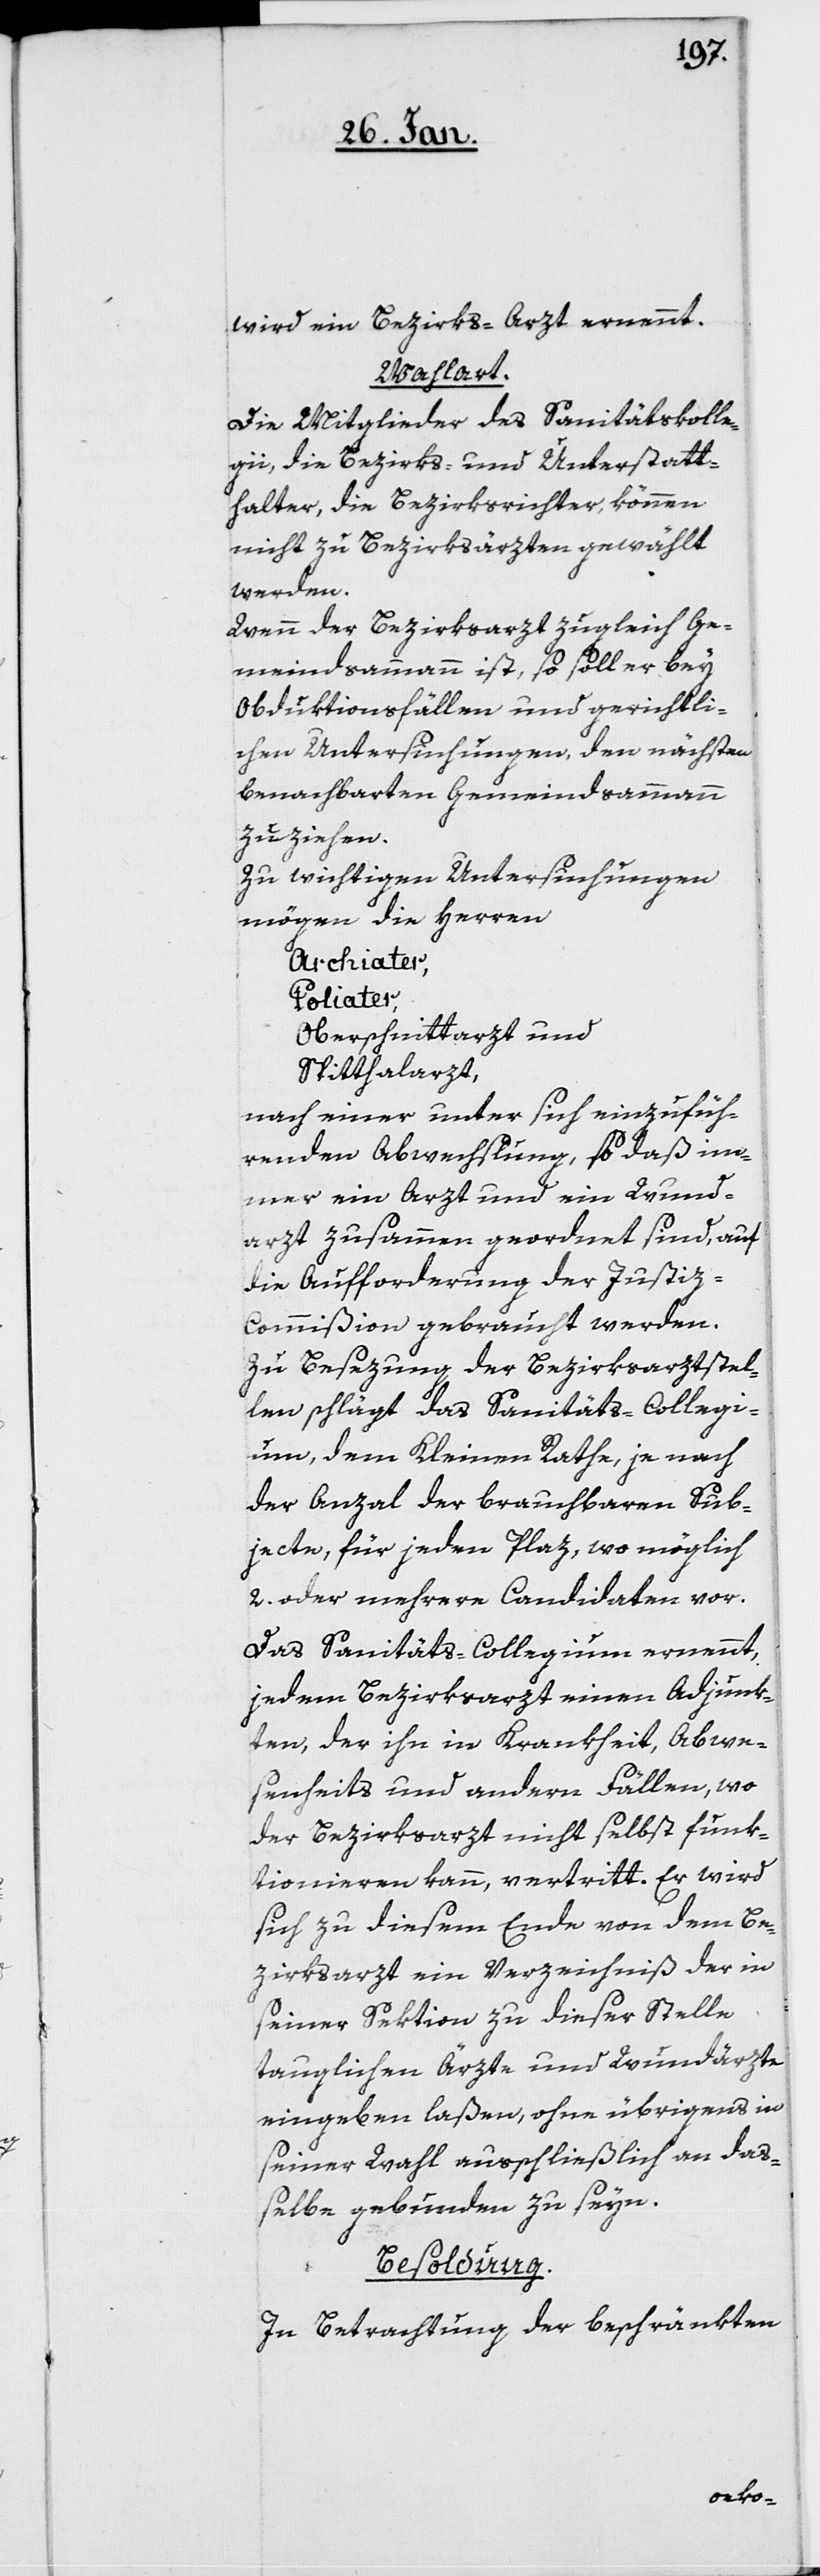
wird ein Bezirks-Arzt ernennt.
Wahlart.
Die Mitglieder des Sanitätskolle¬
gii, die Bezirks- und Unterstatt¬
halter, die Bezirksrichter, können
nicht zu Bezirksärzten gewählt
werden.
Wenn der Bezirksarzt zugleich Ge¬
meindsammann ist, so soll er bey
Obduktionsfällen und gerichtli¬
chen Untersuchungen, den nächsten
benachbarten Gemeindsammann
zuziehen.
Zu wichtigen Untersuchungen
mögen die Herren
Archiater,
Poliater,
Oberschnittarzt und
Spitthalarzt,
nach einer unter sich einzufüh¬
renden Abwechslung, so daß im¬
mer ein Arzt und ein Wund¬
arzt zusammen geordnet sind, auf
die Aufforderung der Justiz-C¬
ommißion gebraucht werden.
Zu Besezung der Bezirksarztstel¬
len schlägt das Sanitäts-Collegi¬
um, dem Kleinen Rathe, je nach
der Anzal der brauchbaren Sub¬
jecte, für jeden Plaz, wo möglich
2. oder mehrere Candidaten vor.
Das Sanitäts-Collegium ernennt,
jedem Bezirksarzt einen Adjunk¬
ten, der ihn in Krankheit, Abwe¬
senheits und andern Fällen, wo
der Bezirksarzt nicht selbst funk¬
tionieren kann, vertritt. Er wird
sich zu diesem Ende von dem Be¬
zirksarzt ein Verzeichniß der in
seiner Sektion zu dieser Stelle
tauglichen Ärzte und Wundärzte
eingeben laßen, ohne übrigens in
seiner Wahl ausschließlich an daß¬
elbe gebunden zu seyn.
Besoldung.
In Betrachtung der beschränkten